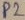
Text: P2